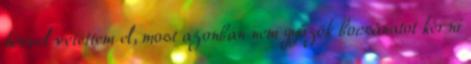
hévvel vetettem el, most azonban nem győzök bocsánatot kérni